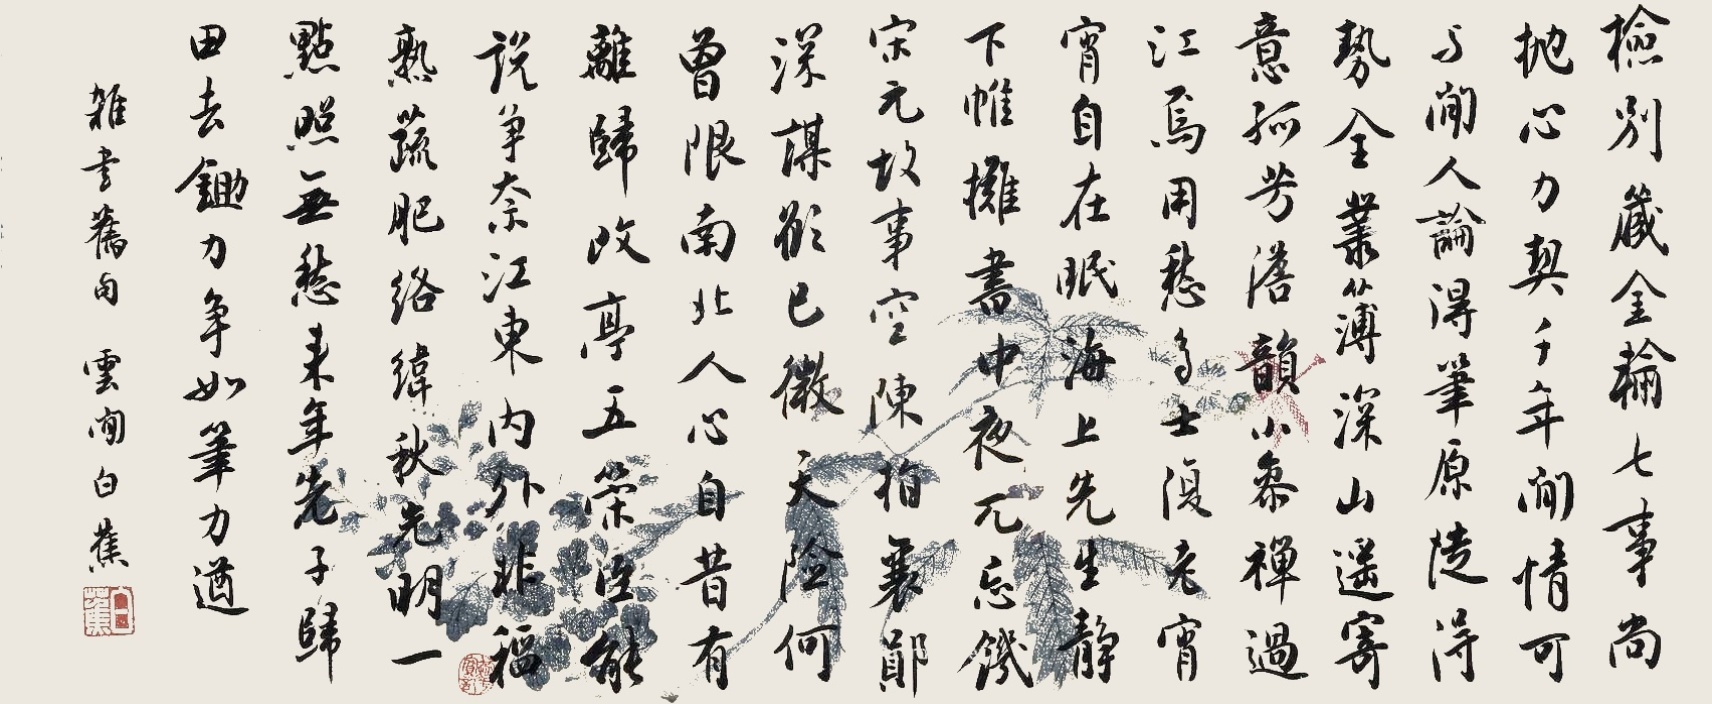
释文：检别藏金输七事，尚抛心力契千年。闲情可与闲人论，得笔原从得势全。丛薄深山遥寄意，孤芳澹韵小参禅。过江焉用愁多士，复老宵宵自在眠。海上先生静下帷，摊书中夜兀忘饥。宋元故事空陈指，襄郧深谋愿已微。天险何曾限南北，人心自昔有离归。改亭五策臣能说，争奈江东内外非。稻熟蔬肥络纬秋，光明一点照无愁。来年先子归田去，锄刀争如笔力遒。杂书旧句，云间白蕉。